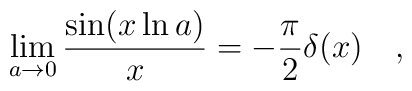
\lim_{a\rightarrow 0}{\sin(x\ln a) \over x}= -{\pi \over 2} \delta(x)~~~,